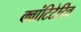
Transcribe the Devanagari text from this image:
क्वांटिटेटिव